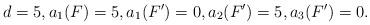
LaTeX: \begin{align*} d = 5, a_1(F) = 5, a_1(F') = 0, a_2(F') = 5, a_3(F') = 0.\end{align*}